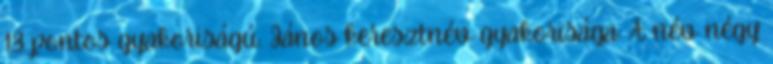
13 pontos gyakoriságú. János keresztnév gyakorisága: A név négy